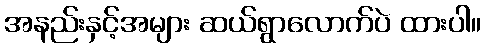
အနည်းနှင့်အများ ဆယ်ရွာလောက်ပဲ ထားပါ။